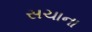
સચાના